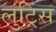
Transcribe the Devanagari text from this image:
लुट्रिस